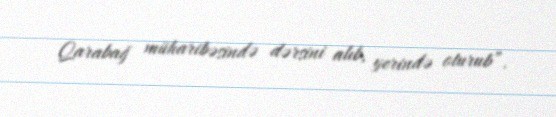
Qarabağ müharibəsində dərsini alıb, yerində oturub”.